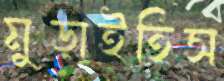
মুড়াইতিস